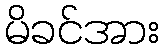
မိခင်အား